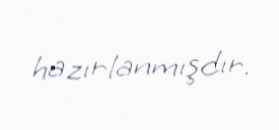
hazırlanmışdır.